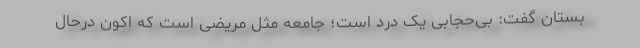
بستان گفت: بی‌حجابی یک درد است؛ جامعه مثل مریضی است که اکون درحال